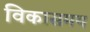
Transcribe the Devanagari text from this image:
विकासमय